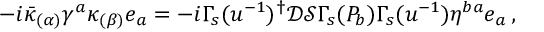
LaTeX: - i \bar { \kappa } _ { ( \alpha ) } \gamma ^ { a } \kappa _ { ( \beta ) } e _ { a } = - i \Gamma _ { s } ( u ^ { - 1 } ) ^ { \dagger } \mathcal { D } \mathcal { S } \Gamma _ { s } ( P _ { b } ) \Gamma _ { s } ( u ^ { - 1 } ) \eta ^ { b a } e _ { a } \, ,